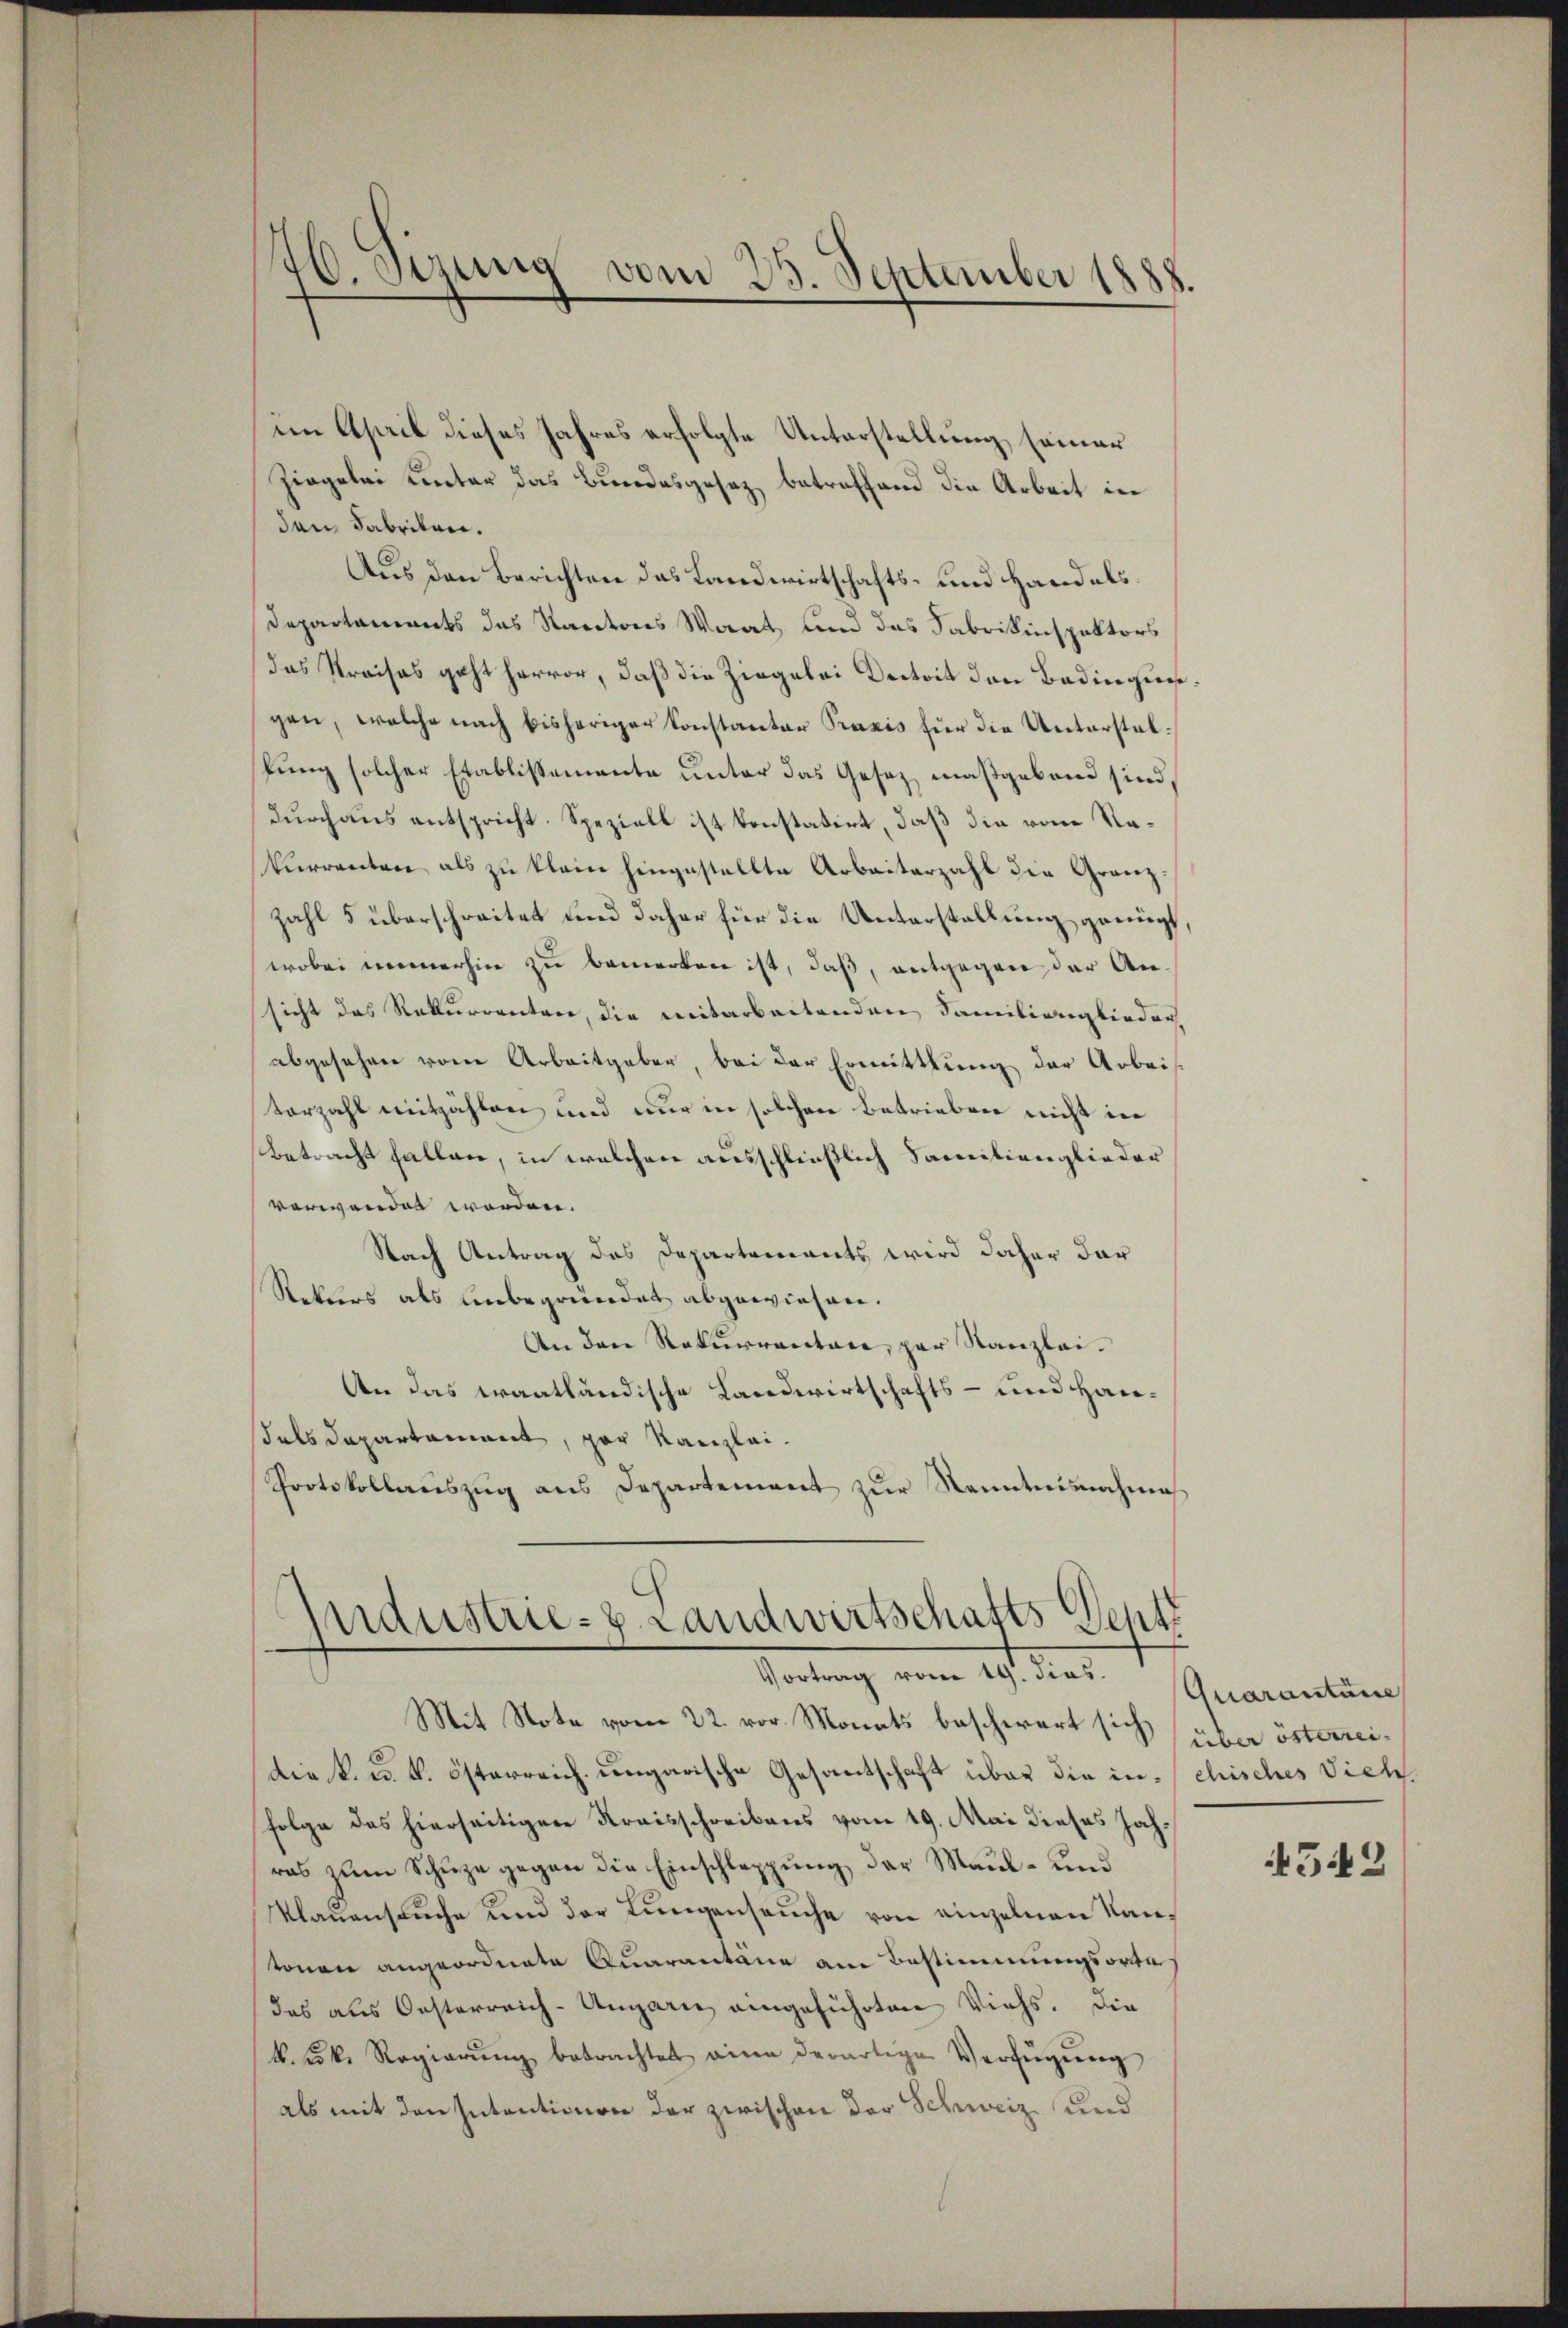
im April dieses Jahres erfolgte Unterstellung seiner
Zingelei unter das Bundesgesez betreffend die Arbeit in
dan Fabriken.
Aus den Berichten das Landwirtschafts- und Handels¬
Departaments des Kantons Waat, und das Fabrikinspektors
das Kreises geht hervor, daß die Ziegelei Deitoit den Badingensgen, welche nach bisheriger Konstantor Praxis für die Unterstellung solcher Etablissemente unter das Gesez maßgebend sind,
durchaus entspricht. Speziell ist konstatirt, daß die vom Rekurrenten als zŭ klein hingestellte Arbeiterzahl die Granz-
zahl 5 überschreitet und daher für die Unterstellung genügt,
wobei immerhin zu bemerken ist, daß, entgegen der Ansicht das Rekurrenten, die weitarbeitenden Familienglieder
abgesehen von Arbeitgaber, bei der Ermittlung der Arbeiterzahl mitzählen und nur in solchen Betrieben nicht in
Betracht fallen, in welchen ausschließlich Familienglieder
verwendet worden.
Nach Antrag des Departements wird daher dar¬
Rekurs als unbegründet abgewiesen.
An den Rekurrectore, par Kanzlei.
An das waatländische Landwirtschafts- und Hansals Departament, par Kanzlei¬
Protokollaŭszŭg ans Departement zŭr Kenntnisnahme

6. Sizung vom 25. September 1888.

Industrie-H. Landwirtschafts Vent
Vortrag vom 19. dies

Mit Note vom 22. vor. Monats beschwert sich über österrei¬
Die k. u. k. österreich ungarische Gesantschaft über die infolge des hierseitigen Kraisschreibens vom 19. Mai dieses Jahras zum Schüze gegen die Einschleppung der Maul- und
Klaṅensaŭche und der Lungensaŭche von einzelnen Kantonen angeordnete Quarantane am Bestimmungsorte
das aus Oesterreich-Ungarn eingeführten Viehs. Die
k. Frk. Regierŭng betrachtet eine derartige Verfügŭng
als mit den Intentionen der zwischen der Schweiz und

Quarantane
chisches Vich

4542